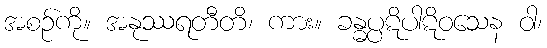
အစဉ်ကို။ အနုဿရတီတိ၊ ကား။ ခန္ဓပ္ပဋိပါဋိဝသေန ဝါ၊